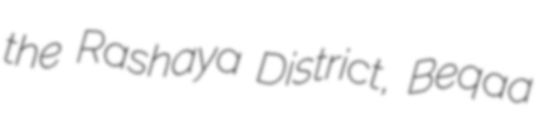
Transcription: the Rashaya District, Beqaa